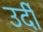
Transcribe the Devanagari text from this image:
उर्दी